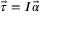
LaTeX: { \vec { \tau } } = I { \vec { \alpha } }